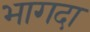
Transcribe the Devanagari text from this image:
भागदा